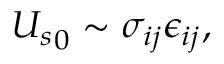
{ U _ { s } } _ { 0 } \sim \sigma _ { i j } \epsilon _ { i j } ,